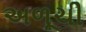
અળૂચી